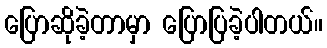
ပြောဆိုခဲ့တာမှာ ပြောပြခဲ့ပါတယ်။